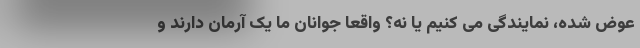
عوض شده، نمایندگی می کنیم یا نه؟ واقعا جوانان ما یک آرمان دارند و